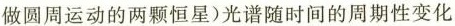
做圆周运动的两颗恒星)光谱随时间的周期性变化